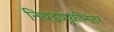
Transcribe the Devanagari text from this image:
निवडणूकीनंतर